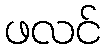
ဖလင်